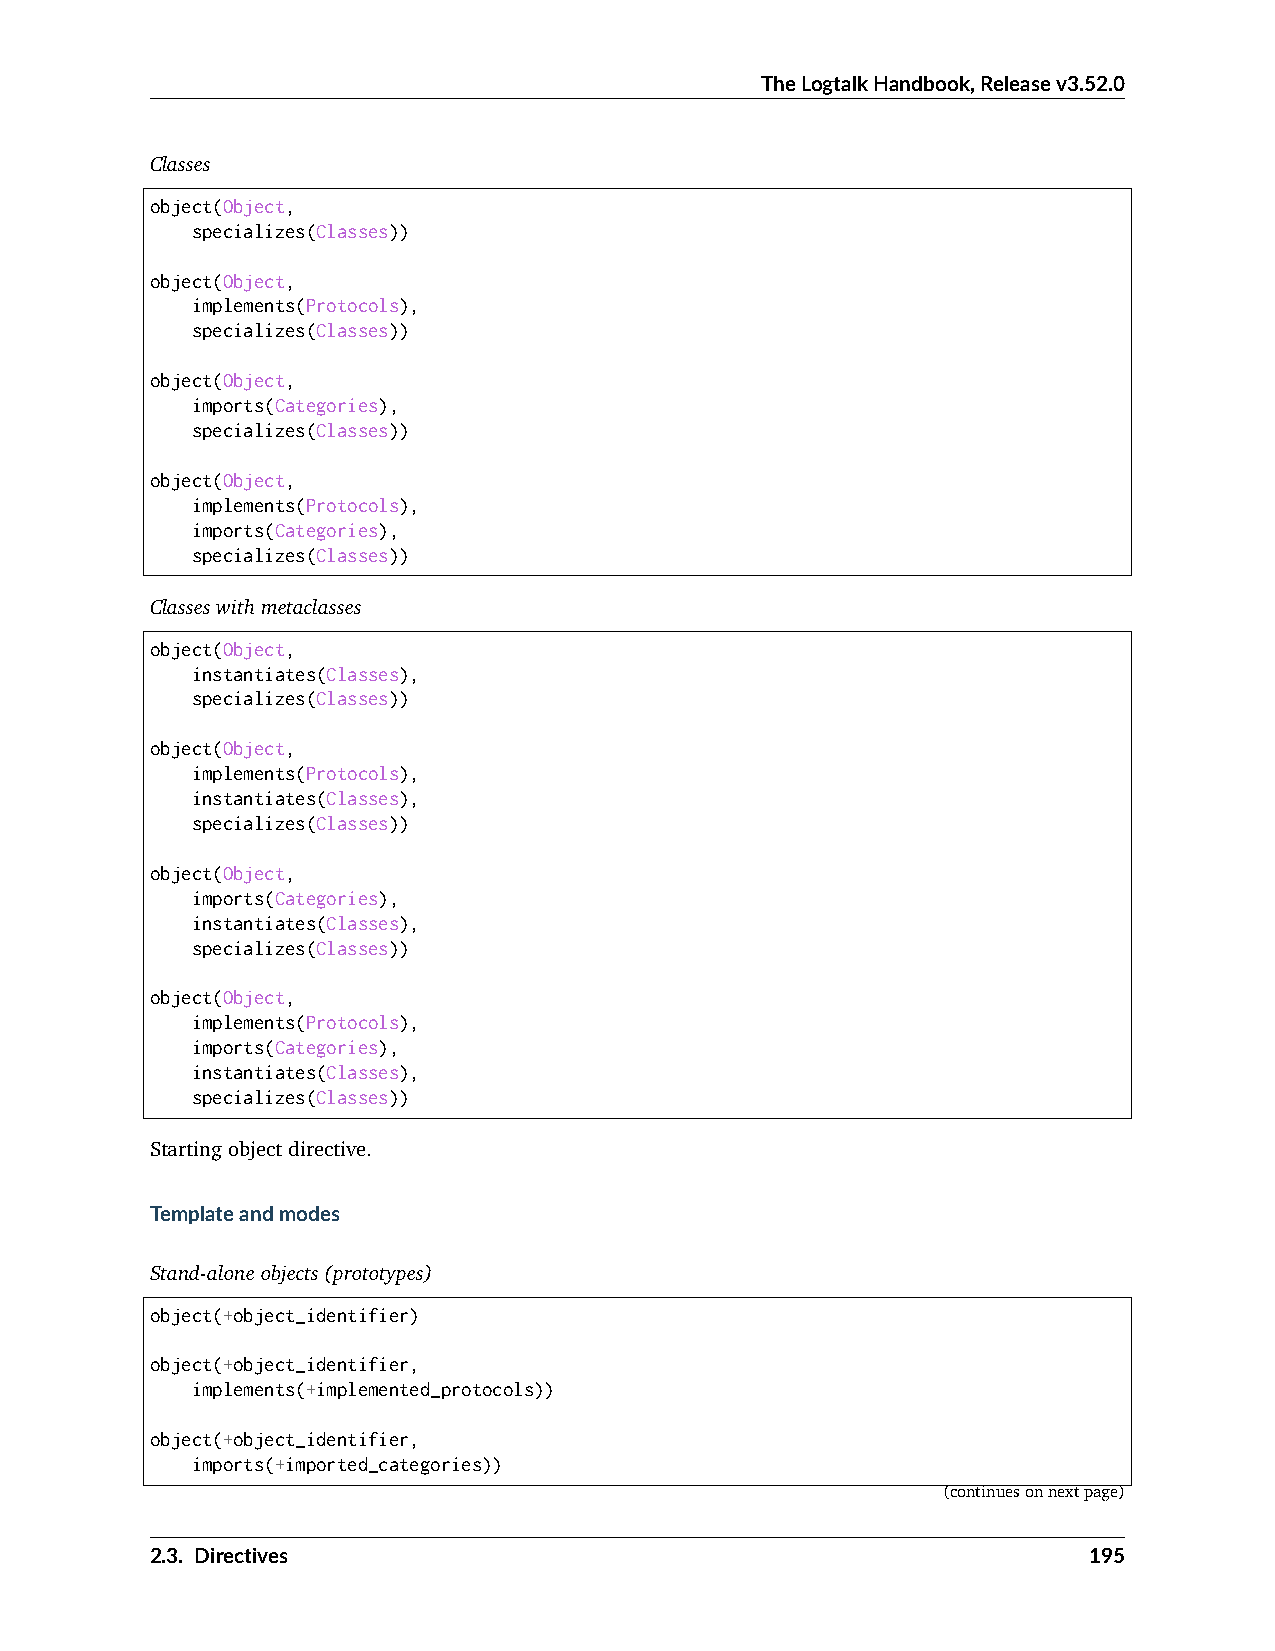
TheLogtalkHandbook,Releasev3.52.0
 Classes
 object(Object,
 specializes(Classes))
 object(Object,
 implements(Protocols),
 specializes(Classes))
 object(Object,
 imports(Categories),
 specializes(Classes))
 object(Object,
 implements(Protocols),
 imports(Categories),
 specializes(Classes))
 Classeswithmetaclasses
 object(Object,
 instantiates(Classes),
 specializes(Classes))
 object(Object,
 implements(Protocols),
 instantiates(Classes),
 specializes(Classes))
 object(Object,
 imports(Categories),
 instantiates(Classes),
 specializes(Classes))
 object(Object,
 implements(Protocols),
 imports(Categories),
 instantiates(Classes),
 specializes(Classes))
 Startingobjectdirective.
 Templateandmodes
 Stand-aloneobjects(prototypes)
 object(+object_identifier)
 object(+object_identifier,
 implements(+implemented_protocols))
 object(+object_identifier,
 imports(+imported_categories))
 (continuesonnextpage)
 2.3. Directives                                               195